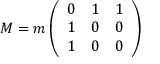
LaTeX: M = m \left( \begin{array} { c c c } { { 0 } } & { { 1 } } & { { 1 } } \\ { { 1 } } & { { 0 } } & { { 0 } } \\ { { 1 } } & { { 0 } } & { { 0 } } \end{array} \right)